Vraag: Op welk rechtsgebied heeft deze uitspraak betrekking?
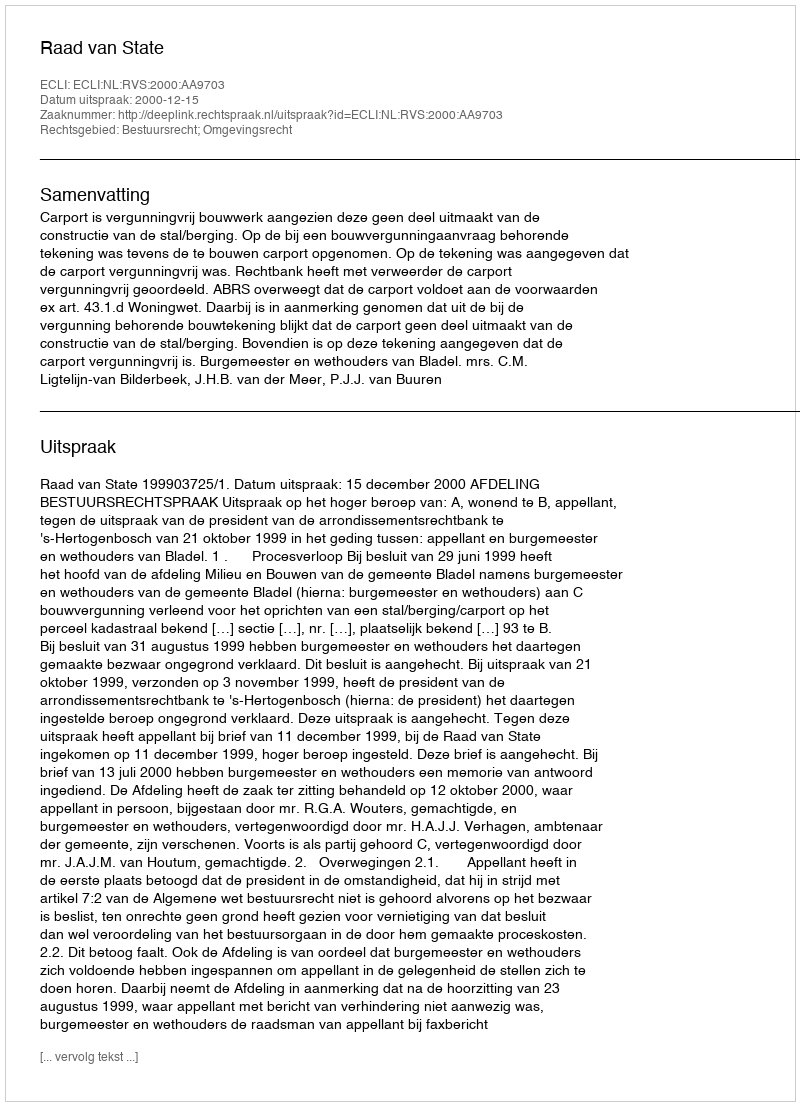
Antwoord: Bestuursrecht; Omgevingsrecht